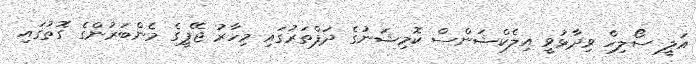
އަލީ ސޯލިހް ވިދާޅުވީ އިލެކްޝަންސް ކޮމިޝަނުގެ ދަފްތަރުގައި މިހާރު ޖޭޕީގެ މެންބަރުންގެ ގޮތުގައި